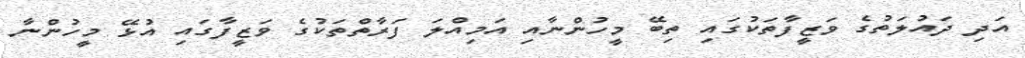
އަދި ދައުލަތުގެ ވަޒީފާތަކުގައި ތިބޭ މީހުންނާއި އަމިއްލަ ފަރާތްތަކުގެ ވަޒީފާގައި އުޅޭ މީހުންނާ